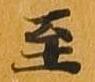
至